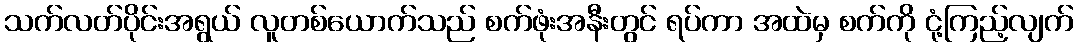
သက်လတ်ပိုင်းအရွယ် လူတစ်ယောက်သည် စက်ဖုံးအနီးတွင် ရပ်ကာ အထဲမှ စက်ကို ငုံ့ကြည့်လျက်